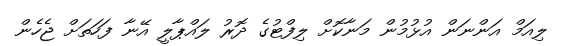
ލިއަމް އަންނަން އުޅުމުން މަނާކޮށް ލިފްޓުގެ ދޮރު ލައްޕާލީ އޭނާ ފަހަތަށް ޖެހެން